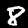
Label: 8